Medical and sanitary report of the native army of Madras for the year
Year: 1872
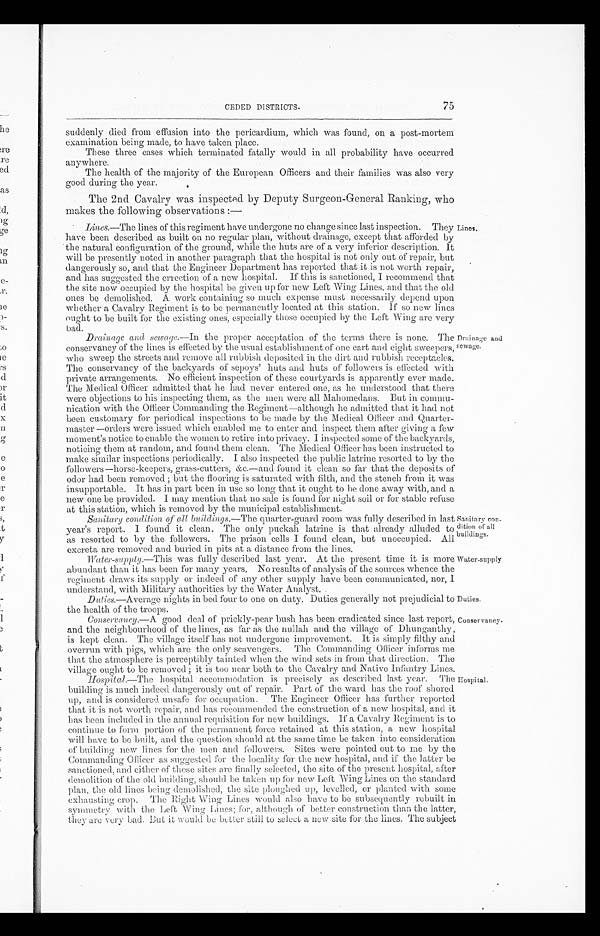
75
CEDED DISTRICTS.
suddenly died from effusion into the pericardium, which was found, on a post-mortem
examination being made, to have taken place.
These three cases which terminated fatally would in all probability have occurred
anywhere.
The health of the majority of the European Officers and their families was also very
good during the year.
The 2nd Cavalry was inspected by Deputy Surgeon-General Ranking, who
makes the following observations:—
Lines.—The lines of this regiment have undergone no change since last inspection. They
have been described as built on no regular plan, without drainage, except that afforded by
the natural configuration of the ground, while the huts are of a very inferior description. It
will be presently noted in another paragraph that the hospital is not only out of repair, but
dangerously so, and that the Engineer Department has reported that it is not worth repair,
and has suggested the errection of a new hospital. If this is sanctioned, I recommend that
the site now occupied by the hospital be given up for new Left Wing Lines, and that the old
ones be demolished. A work containing so much expense must necessarily depend upon
whether a Cavalry Regiment is to be permanently located at this station. If so new lines
ought to be built for the existing ones, especially those occupied by the Left Wing are very
bad.
Drainage and sewage .—In the proper acceptation of the terms there is none.
T h e c o n s e r v a n c y o f t h e l i n e s i s e f f e c t e d b y t h e u s u a l e s t a b l i s h m e n t o f o n e c a r t a n d e i g h t s w e e p e r s
who sweep the streets and remove all rubbish deposited in the dirt and rubbish receptacles.
The conservancy of the backyards of sepoys' huts and huts of followers is effected with
private arrangements. No efficient inspection of these courtyards is apparently ever made.
The Medical Officer admitted that he had never entered one, as he understood that there
were objections to his inspecting them, as the men were all Mahomedans. But in commu
-nication with the Officer Commanding the Regiment—although he admitted that it had not
been customary for periodical inspections to be Made by the Medical Officer and Quarter
-master—orders were issued which enabled me to enter and inspect them after giving a few
moment's notice to enable the women to retire into privacy. I inspected some of the backyards,
noticing them at random, and found them clean. The Medical Officer has been instructed to
make similar inspections periodically. I also inspected the public latrine resorted to by the
followers—horse-keepers, grass-cutters, &c.—and found it clean so far that the deposits of
odor had been removed; but the flooring is saturated with filth, and the stench from it was
insupportable. It has in part been in use so long that it ought to be done away with, and a
new one be provided. I may mention that no sale is found for night soil or for stable refuse
at this station, which is removed by the municipal establishment.
Santary condition of all buildings .—The quarter-guard room was fully described in last
year's report. I found it clean. The only puckah latrine is that already alluded to
as resorted to by the followers. The prison cells I found clean, but unoccupied. All
excreta, are removed and buried in pits at a distance from the lines.
Sanitary con
-dition of all
buildings.
Lines.
Drainage and
sewage.
Water-supply .—This was fully described last year. At the present time it is more
abundant than it has been for many years. No results of analysis of the sources whence the
regiment draws its supply or indeed of any other supply have been communicated, nor, I
under st and, wi t h Mi l i t ar y aut hor i t i es by t he Wat er Anal yst .
Duties .—Average nights in bed four to one on duty. Duties generally not prejudicial to
the health of the troops.
Water-supply.
Duties.
Conservancy. — A
g o o d d e a l o f p r i c k l y - p e a r b u s h h a s b e e n e r a d i c a t e d s i n c e l a s t r e p o r t ,
and the neighbourhood of the lines, as far as the nullah and the village of Dhunganthy
is kept clean. The village itself has not undergone improvement. It is simply filthy and
overrum with pigs, which are the only scavengers. The Commanding Officer informs me
that the atmosphere is perceptibly tainted when the wind sets in from that direction. The village
ought to lee removed; it is too near both to the Cavalry and Native Infantry Lines.
Hospital .—The hospital accommodation is precisely as described last year. The
building is much indeed dangerously out of repair. Part of the ward has the roof shored
up, and is considered, unsafe for occupation. The Engineer Officer has further reported
that it is not worth repair, and has recommended the construction of a new hospital, and if
has been included in the annual requisition for new buildings. If a Cavalry Regiment is to
continue to form portion of the permanent force retained at this station, a new hospital
will have to be built, and the question should at the same time be taken into consideration
of building new lines for the men and followers. Sites were pointed out to me by the
Commanding Officer as suggested for the locality for the new hospital, and if the latter be
sanctioned, and either of those sites are finally selected, the site of the present hospital, after
demolition of the old building, should be taken up for new Left Wing Lines on the standard
plan, the old lines being demolished, the site ploughed up, levelled, or planted with some
exhausting crop. The Right Wing Lines would also have to be subsequently rebuilt in
symmetry with the Left Wing Lines; for, although of better construction than the latter
they are very bad. But it would be better still to select a new site for the lines. The subject
Conservancy.
Hospital.